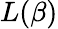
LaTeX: L(\beta)